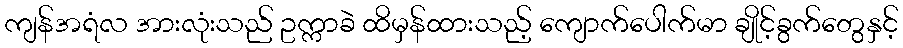
ကျန်အရံလ အားလုံးသည် ဥက္ကာခဲ ထိမှန်ထားသည့် ကျောက်ပေါက်မာ ချိုင့်ခွက်တွေနှင့်